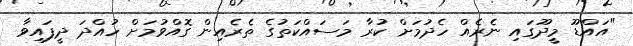
"އައްޑޫ މީދޫގައި ނެރެއް ހެދުމަށް ކުރާ މަސައްކަތުގެ ތެރެއިން ގޮއްވުމަށް ހުއްދަ ދީފައިވާ